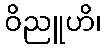
ဝိညူဟိ၊